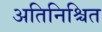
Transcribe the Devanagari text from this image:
अतिनिश्चित